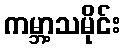
ကမ္ဘာ့သမိုင်း